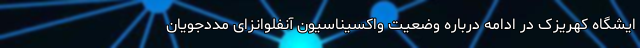
ایشگاه کهریزک در ادامه درباره وضعیت واکسیناسیون آنفلوانزای مددجویان